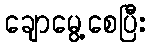
ချောမွေ့စေပြီး